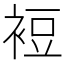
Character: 裋